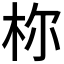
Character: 𪱾